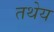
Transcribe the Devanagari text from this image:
तथेय